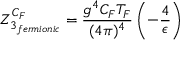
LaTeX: Z _ { 3 _ { f e r m i o n i c } } ^ { C _ { F } } = \frac { g ^ { 4 } C _ { F } T _ { F } } { ( 4 \pi ) ^ { 4 } } \left( - \frac { 4 } { \epsilon } \right)